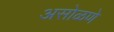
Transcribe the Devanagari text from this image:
असोळणे